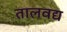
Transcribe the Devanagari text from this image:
तालवद्य